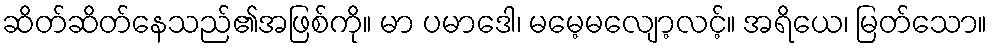
ဆိတ်ဆိတ်နေသည်၏အဖြစ်ကို။ မာ ပမာဒေါ၊ မမေ့မလျော့လင့်။ အရိယေ၊ မြတ်သော။